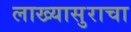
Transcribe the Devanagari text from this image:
लाख्यासुराचा